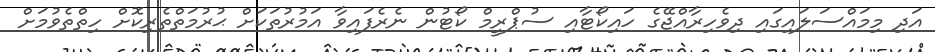
އަދި މިމައްސަލައިގައި ދިވެހިރާއްޖޭގެ ހައިކޯޓާއި ސުޕްރީމް ކޯޓުން ނެރެފައިވާ އަމުރުތަކަށް ޙުރުމަތްތެރިކޮށް ހިތްތެވުމަށް